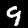
Digit: 9